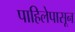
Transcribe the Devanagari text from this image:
पाहिलेपासून